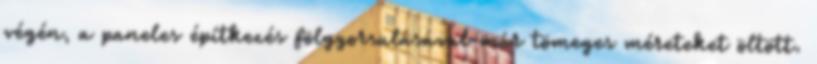
végén, a paneles építkezés fölgyorsulásával már tömeges méreteket öltött.